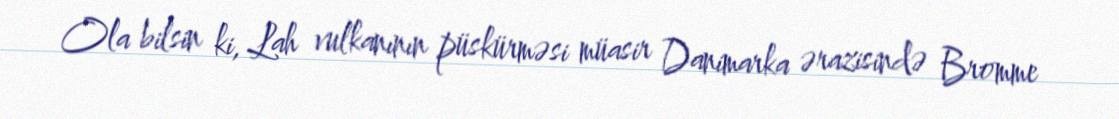
Ola bilsin ki, Lah vulkanının püskürməsi müasir Danimarka ərazisində Bromme